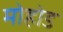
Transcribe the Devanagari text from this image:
मोहोड